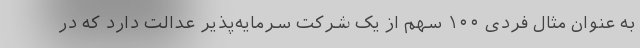
به عنوان مثال فردی ۱۰۰ سهم از یک شرکت سرمایه‌پذیر عدالت دارد که در